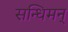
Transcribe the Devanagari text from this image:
सन्धिमन्